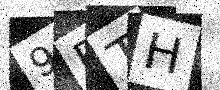
Text: 9FTH